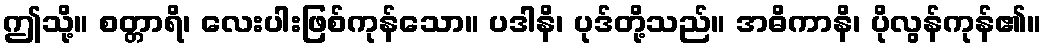
ဤသို့။ စတ္တာရိ၊ လေးပါးဖြစ်ကုန်သော။ ပဒါနိ၊ ပုဒ်တို့သည်။ အဓိကာနိ၊ ပိုလွန်ကုန်၏။